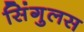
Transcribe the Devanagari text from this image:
सिंगुलस